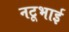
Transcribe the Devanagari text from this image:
नटूभाई